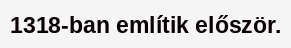
1318-ban említik először.